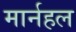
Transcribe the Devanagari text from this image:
मार्नहल